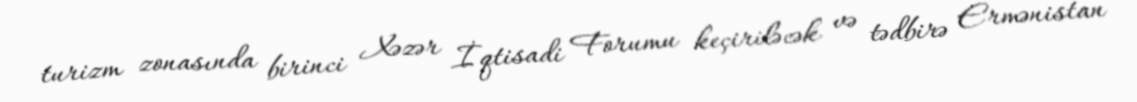
turizm zonasında birinci Xəzər İqtisadi Forumu keçiriləcək və tədbirə Ermənistan